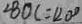
\angle B O C = 1 2 0 ^ { \circ }